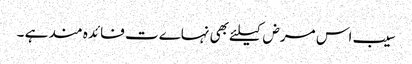
سیب اس مرض کیلئے بھی نہاےت فائدہ مند ہے ۔